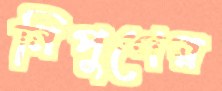
নিপুণের